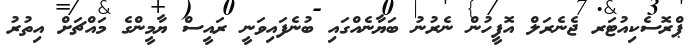
ޕްރޮސެކިއުޓަރ ޖެނެރަލް އޮފީހުން ނެރުނު ބަޔާނެއްގައި ބުނެފައިވަނީ ރައީސް ޔާމީންގެ މައްޗަށް އިތުރު